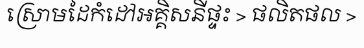
ស្រោមដៃកំដៅអគ្គិសនីផ្ទះ > ផលិតផល >